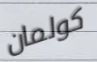
كولمان